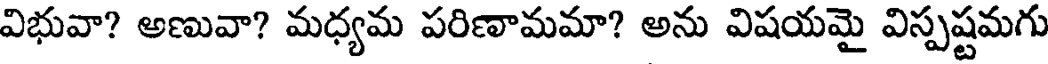
విభువా? అణువా? మధ్యమ పరిణామమా? అను విషయమై విస్పష్టమగు